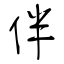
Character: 伴